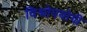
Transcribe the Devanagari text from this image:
विश्वोपयोगी